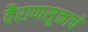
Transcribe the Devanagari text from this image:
वैराणसूक्ताचे